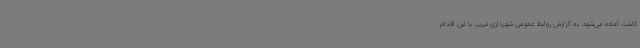
کاشت آماده می‌شود. به گزارش روابط عمومی شهرداری تبریز، با این اقدام